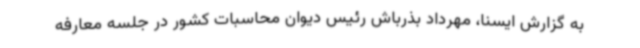
به گزارش ایسنا، مهرداد بذرباش رئیس دیوان محاسبات کشور در جلسه معارفه